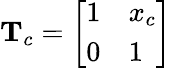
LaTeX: \mathbf{T}_{c}=\left[\begin{array}{ll}{1}&{x_{c}}\\ {0}&{1}\end{array}\right]